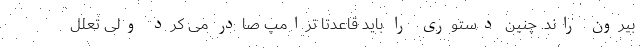
بیرون راند. چنین دستوری را باید قاعدتاً ترامپ صادر می کرد ولی تعلل